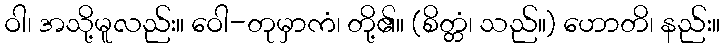
ဝါ၊ အသို့မူလည်း။ ဝေါ-တုမှာကံ၊ တို့၏။ (စိတ္တံ၊ သည်။) ဟောတိ၊ နည်း။